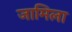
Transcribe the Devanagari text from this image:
जामिला